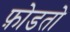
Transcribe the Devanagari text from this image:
फ़ोडतो